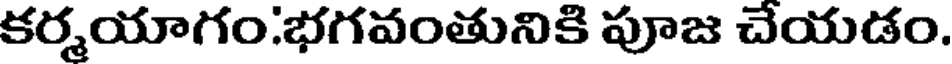
కర్మయాగం:భగవంతునికి పూజ చేయడం.